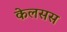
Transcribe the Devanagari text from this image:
केलसस